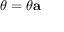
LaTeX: { \boldsymbol { \theta } } = \theta \mathbf { a }